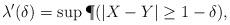
LaTeX: \begin{align*}\lambda'(\delta) = \sup \P(|X-Y| \geq 1-\delta) ,\end{align*}